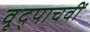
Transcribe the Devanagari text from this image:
वृद्पाचवीं